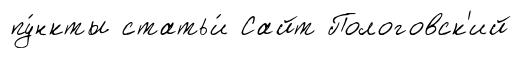
пу́нкты статьи́ Сайт Пологовск'ий